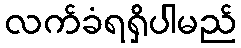
လက်ခံရရှိပါမည်